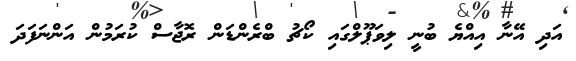
އަދި އޭނާ އިއްޔެ ބުނީ ލިވަޕޫލްގައި ކޯޗު ބްރެންޑަން ރޮޖާސް ކުރަމުން އަންނަފަދަ